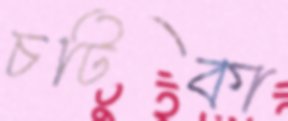
চটিকা